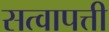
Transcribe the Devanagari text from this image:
सत्वापत्ती